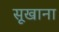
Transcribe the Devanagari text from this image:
सूखाना